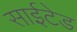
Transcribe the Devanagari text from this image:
साईटेड